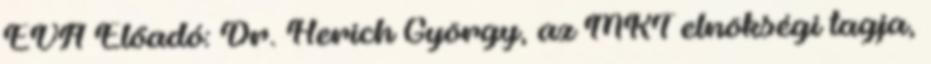
EVA Előadó: Dr. Herich György, az MKT elnökségi tagja,